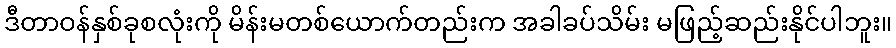
ဒီတာဝန်နှစ်ခုစလုံးကို မိန်းမတစ်ယောက်တည်းက အခါခပ်သိမ်း မဖြည့်ဆည်းနိုင်ပါဘူး။